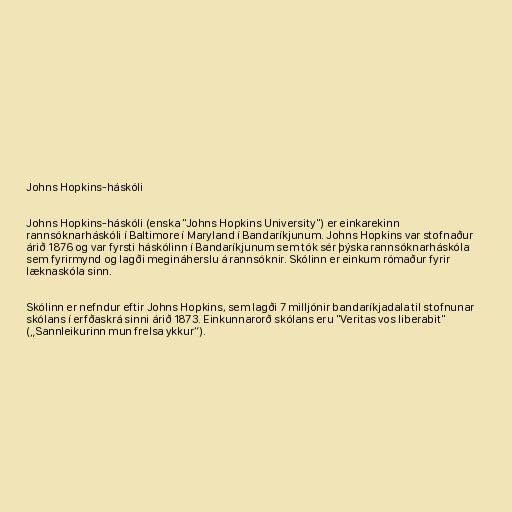
Johns Hopkins-háskóli

Johns Hopkins-háskóli (enska "Johns Hopkins University") er einkarekinn
rannsóknarháskóli í Baltimore í Maryland í Bandaríkjunum. Johns Hopkins var stofnaður
árið 1876 og var fyrsti háskólinn í Bandaríkjunum sem tók sér þýska rannsóknarháskóla
sem fyrirmynd og lagði megináherslu á rannsóknir. Skólinn er einkum rómaður fyrir
læknaskóla sinn.

Skólinn er nefndur eftir Johns Hopkins, sem lagði 7 milljónir bandaríkjadala til stofnunar
skólans í erfðaskrá sinni árið 1873. Einkunnarorð skólans eru "Veritas vos liberabit"
(„Sannleikurinn mun frelsa ykkur“).